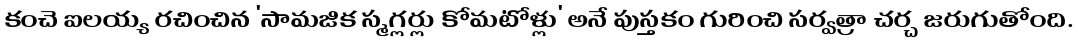
కంచె ఐలయ్య రచించిన 'సామజిక స్మగ్లర్లు కోమటోళ్లు' అనే పుస్తకం గురించి సర్వత్రా చర్చ జరుగుతోంది.